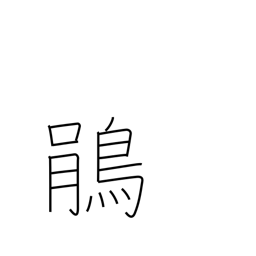
Meaning: cuckoo